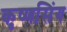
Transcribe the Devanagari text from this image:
कृष्णसिंग